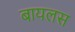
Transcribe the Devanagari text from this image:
बायलस